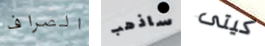
الصراف ساذهب كيتى